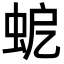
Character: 𧉵